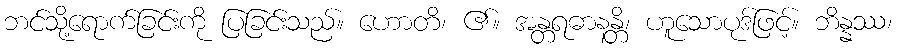
ဘင်သို့ရောက်ခြင်းကို ပြခြင်းသည်။ ဟောတိ၊ ၏။ အန္တရဓာနန္တိ၊ ဟူသောပုဒ်ဖြင့်။ ဘိန္နဿ၊